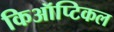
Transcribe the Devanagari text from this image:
किऑप्टिकल